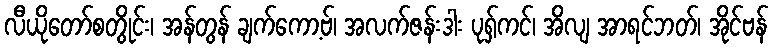
လီယိုတော်စတွိုင်း၊ အန်တွန် ချက်ကော့ဗ်၊ အလက်ဇန်းဒါး ပုရှ်ကင်၊ အိလျ အာရင်ဘတ်၊ အိုင်ဗန်